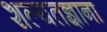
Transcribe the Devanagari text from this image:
शल्यतज्ञाना